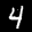
Label: 4